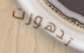
تدهورت